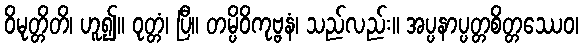
ဝိမုတ္တိတိ၊ ဟူ၍။ ဝုတ္တံ၊ ပြီ။ တမ္ပိဝိကုဗ္ဗနံ၊ သည်လည်း။ အပ္ပနာပ္ပတ္တစိတ္တဿေဝ၊